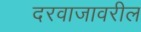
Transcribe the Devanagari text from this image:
दरवाजावरील